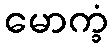
မောက္ခံ